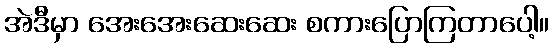
အဲဒီမှာ အေးအေးဆေးဆေး စကားပြောကြတာပေါ့။